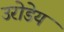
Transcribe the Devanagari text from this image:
उरोडेय